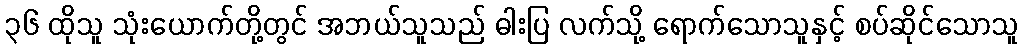
၃၆ ထိုသူ သုံးယောက်တို့တွင် အဘယ်သူသည် ဓါးပြ လက်သို့ ရောက်သောသူနှင့် စပ်ဆိုင်သောသူ